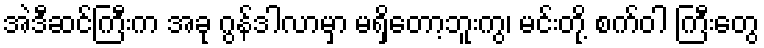
အဲဒီဆင်ကြီးက အခု ဂွန်ဒါလာမှာ မရှိတော့ဘူးကွ၊ မင်းတို့ စက်ဝါ ကြီးတွေ